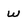
Character: w